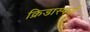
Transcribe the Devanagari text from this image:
क्रिडास्पर्धा